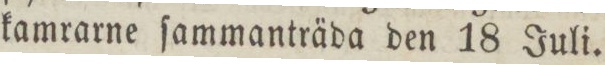
kamrarne ſammanträda den 18 Juli.